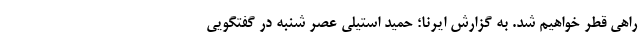
راهی قطر خواهیم شد. به گزارش ایرنا؛ حمید استیلی عصر شنبه در گفتگویی